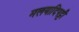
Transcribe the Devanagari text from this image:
मलयादिपट्टी